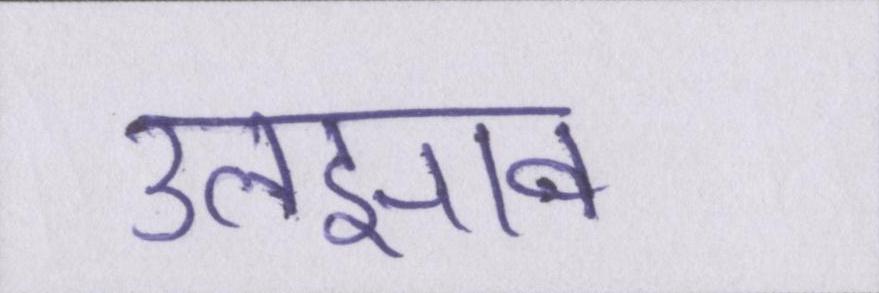
उलझाव